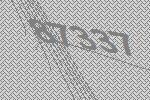
87337